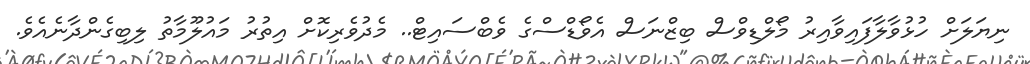
ނިޔަލަށް ހުޅުވާލާފައިވާއިރު މޯލްޑިވްސް ބިޒްނަސް އެވޯޑްސްގެ ވެބްސައިޓް.. މެދުވެރިކޮށް އިތުރު މައުލޫމާތު ލިބިގެންދާނެއެވެ.